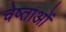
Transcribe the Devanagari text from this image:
चेष्ताओं